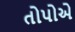
તોપોએ